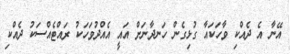
އޭނާ އެ ދެއްކި ވާހަކައާ ގުޅިގެން ހަނދާނަށް އައީ އެއްދުވަހަކު ރައްޓެއްސަކު ދެއްކި